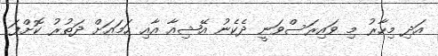
އަދި މިހާރު މި ވައިރަސްވަނީ ދެކެނު އޭޝިއާ އާއި ހަމައަށް ދަތުރު ކޮށްފަ